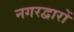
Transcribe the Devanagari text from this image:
नगरद्वारों